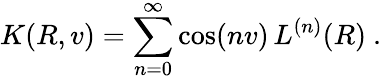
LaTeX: K(R,v)=\sum_{n=0}^{\infty}\cos(nv)\, L^{(n)}(R)\ .